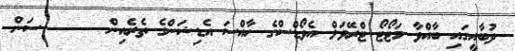
ދުބާއީގައި ބާއްވާ މަޓޯޓޯ ޓްރޭވަލް އެވޯޑްސްގެ ހާއްސަ އެޑިޝަންގެ ތެރެއިން ------- ސަން